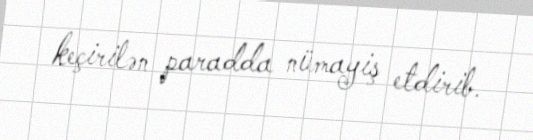
keçirilən paradda nümayiş etdirib.